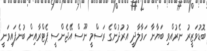
ބޮޑުވަޒީރު ނެރުއްވި ބަޔާނާ ހަވާލާދީ އުރުދުންގެ ރަސްމީ ނޫސް އޭޖެންސީ ޕެޓްރާއިން ބުނެފައިވަނީ